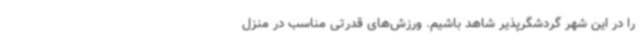
را در این شهر گردشگرپذیر شاهد باشیم. ورزش‌های قدرتی مناسب در منزل